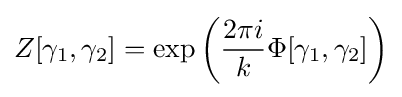
Z[\gamma _{1},\gamma _{2}]=\exp {\left({\frac {2\pi i}{k}}\Phi [\gamma _{1},\gamma _{2}]\right)}